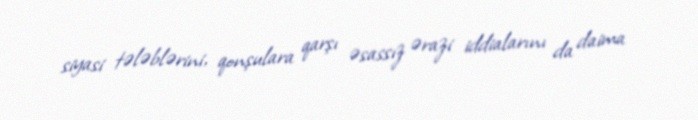
siyasi tələblərini, qonşulara qarşı əsassız ərazi iddialarını da daima